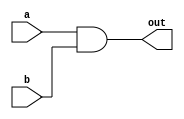
module and_gate (a, b, out); 
	
	input a, b;

	output out;
	
	assign out = a & b;

endmodule